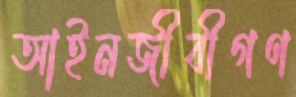
আইনজীবীগণ